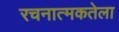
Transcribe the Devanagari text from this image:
रचनात्मकतेला